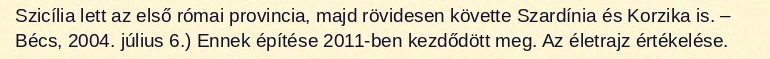
Szicília lett az első római provincia, majd rövidesen követte Szardínia és Korzika is. – Bécs, 2004. július 6.) Ennek építése 2011-ben kezdődött meg. Az életrajz értékelése.